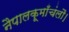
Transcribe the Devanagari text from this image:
नैपालकूमाँचंलौ।